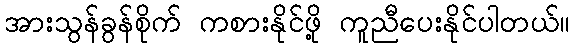
အားသွန်ခွန်စိုက် ကစားနိုင်ဖို့ ကူညီပေးနိုင်ပါတယ်။